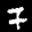
Label: 7